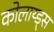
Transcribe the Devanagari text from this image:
कोलाय्ड्स